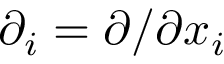
\partial _ { i } = \partial / \partial x _ { i }